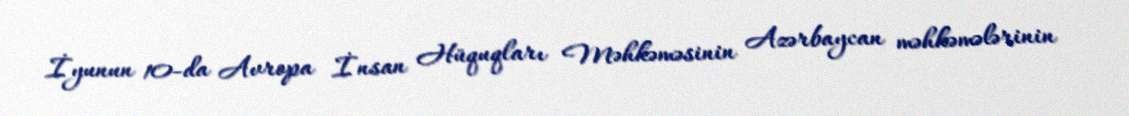
İyunun 10-da Avropa İnsan Hüquqları Məhkəməsinin Azərbaycan məhkəmələrinin